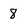
Character: 8